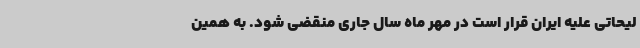
لیحاتی علیه ایران قرار است در مهر ماه سال جاری منقضی شود. به همین